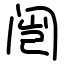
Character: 闿